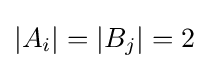
|A_{i}|=|B_{j}|=2